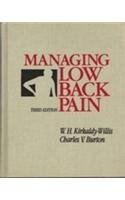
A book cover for Managing Low Back Pain; William H. Kirkaldy-Willis; Health, Fitness & Dieting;